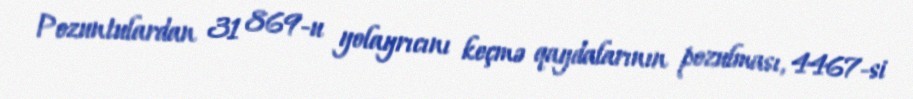
Pozuntulardan 31 869-u yolayrıcını keçmə qaydalarının pozulması, 4467-si